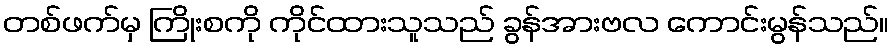
တစ်ဖက်မှ ကြိုးစကို ကိုင်ထားသူသည် ခွန်အားဗလ ကောင်းမွန်သည်။